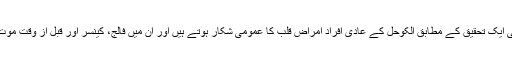
امریکا میں کی جانے والی ایک تحقیق کے مطابق الکوحل کے عادی افراد امراض قلب کا عمومی شکار ہوتے ہیں اور ان میں فالج، کینسر اور قبل از وقت موت کا خطرہ دوگنا ہوتا ہے۔